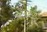
અમરાવતિ